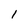
Character: I